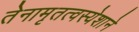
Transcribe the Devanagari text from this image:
तेनामृतत्वस्येशाने